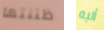
ظننتها أليه